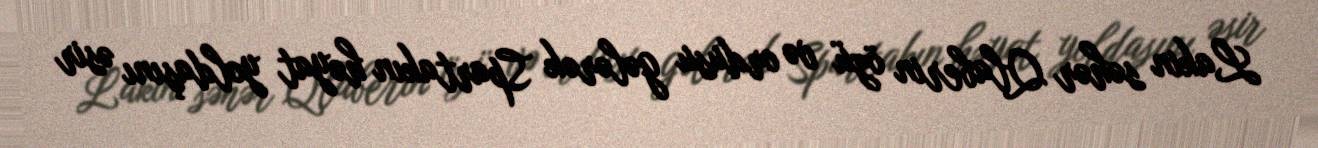
Lakin səhər Qlaberin özü və ordusu gələrək Spartakın həyat yoldaşını əsir